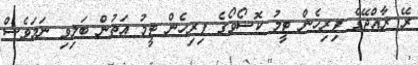
ރޭ ރާއްޖޭގެ ފިރިހެން ޓީމު ކޮސޯވޯގެ ފިރިހެން ޓީމު އަތުން ބަލިވި ނަމަވެސް